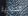
الخيالية